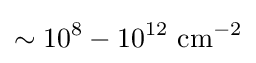
\sim 10^{8}-10^{12}{\text{ cm}}^{-2}